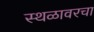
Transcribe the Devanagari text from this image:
स्थळावरचा